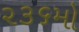
૨૩૬મો